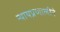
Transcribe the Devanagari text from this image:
न्यायप्रणालीने